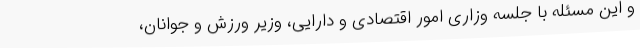
و این مسئله با جلسه وزاری امور اقتصادی و دارایی، وزیر ورزش و جوانان،